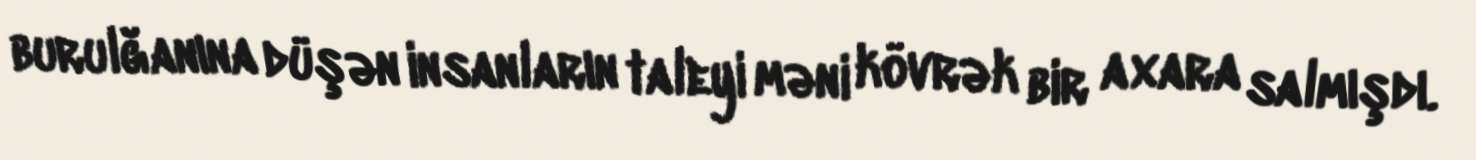
burulğanına düşən insanların taleyi məni kövrək bir axara salmışdı.